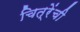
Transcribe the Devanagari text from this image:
चित्रेंची